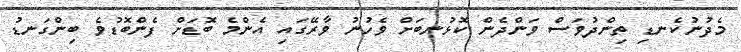
މެދުނުކެނޑި ތިންދުވަސް ވަންދެން ކޮޅުނބަށް ވެހުނު ވާރޭގައި އެންމެ ބޮޑަށް ފެންބޮޑުވެ ބިންގަނޑު